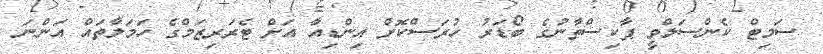
ސަމިޓް ކެންސަލްވީ ޕާކިސްތާނުގެ ބޯޑަރު ހުރަސްކޮށް އިންޑިއާ އަށް ޓެރަރިޒަމްގެ ހަމަލާތައް އަންނަ